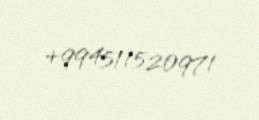
+994511520971